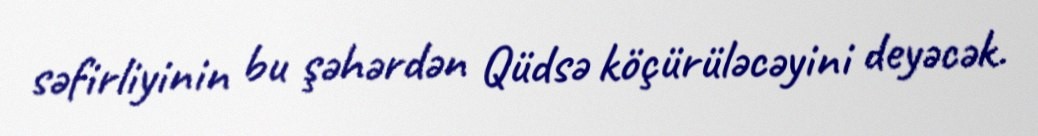
səfirliyinin bu şəhərdən Qüdsə köçürüləcəyini deyəcək.